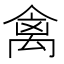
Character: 禽